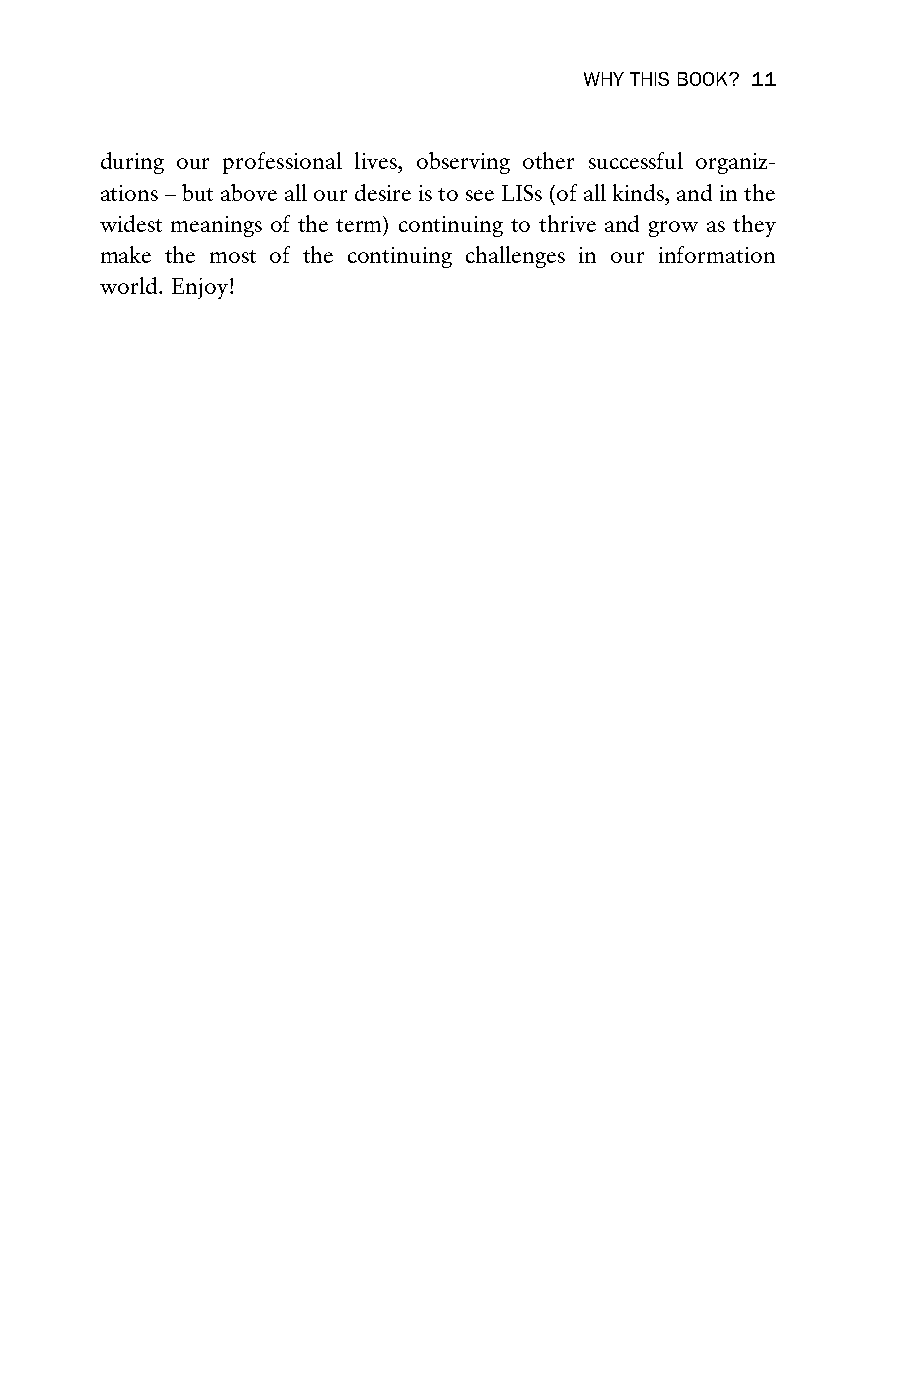
WHY THIS BOOK? 11
 during our professional lives, observing other successful organiz-
 ations – but above all our desire is to see LISs (of all kinds, and in the
 widest meanings of the term) continuing to thrive and grow as they
 make the most of the continuing challenges in our information
 world. Enjoy!